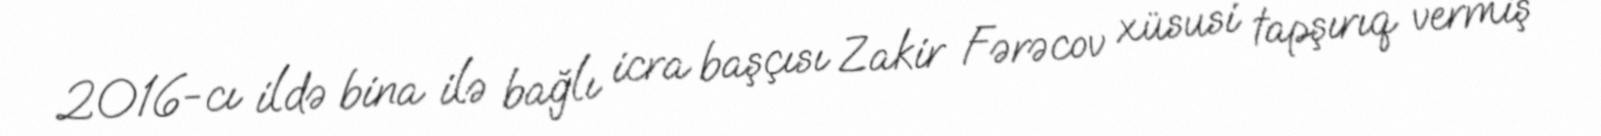
2016-cı ildə bina ilə bağlı icra başçısı Zakir Fərəcov xüsusi tapşırıq vermiş